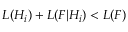
L ( H _ { i } ) + L ( F | H _ { i } ) < L ( F )